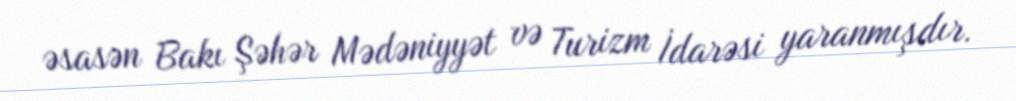
əsasən Bakı Şəhər Mədəniyyət və Turizm İdarəsi yaranmışdır.